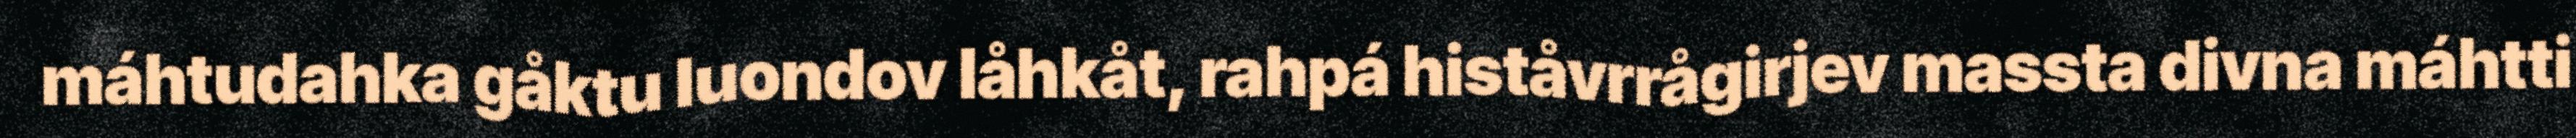
máhtudahka gåktu luondov låhkåt, rahpá histåvrrågirjev massta divna máhtti